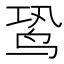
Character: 𬸉